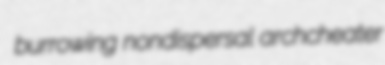
burrowing nondispersal archcheater